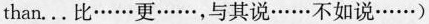
than...比……更……,与其说……不如说……)